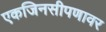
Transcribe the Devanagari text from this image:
एकजिनसीपणावर